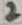
Text: 2